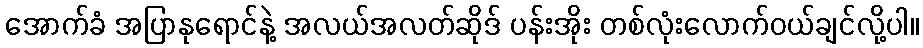
အောက်ခံ အပြာနုရောင်နဲ့ အလယ်အလတ်ဆိုဒ် ပန်းအိုး တစ်လုံးလောက်ဝယ်ချင်လို့ပါ။